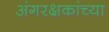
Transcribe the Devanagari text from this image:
अंगरक्षकांच्या